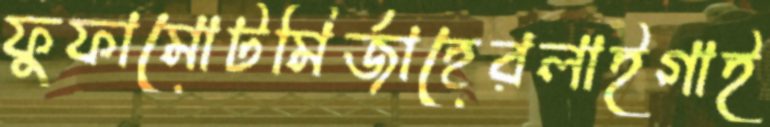
ফুফামোটমির্জাহেরলাইগাই